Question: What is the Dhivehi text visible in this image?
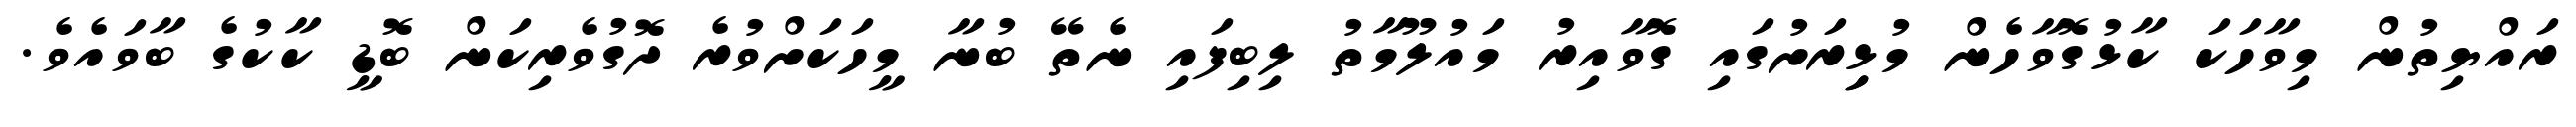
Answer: ރައްޔިތުން މިވާހަކަ ކާޅުގޮވާހެން މުޅިިރަށުގައި ގޮވާއިރު މައުލޫމާތު ލިބިފައި ނެތޭ ބުނާ މީހަކަށްވުރެ ދޮގުވެރިކަން ބޮޑީ ކާކުގެ ބާވައެވެ.